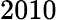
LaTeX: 2010